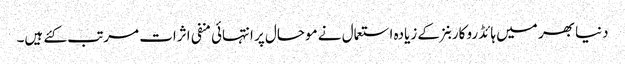
دنیا بھر میں ہائڈرو کاربنز کے زیادہ استعمال نے موحال پر انتہائی منفی اثرات مرتب کئے ہیں۔